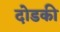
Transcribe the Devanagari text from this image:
दोडकी